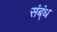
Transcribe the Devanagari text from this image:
संब्ंध